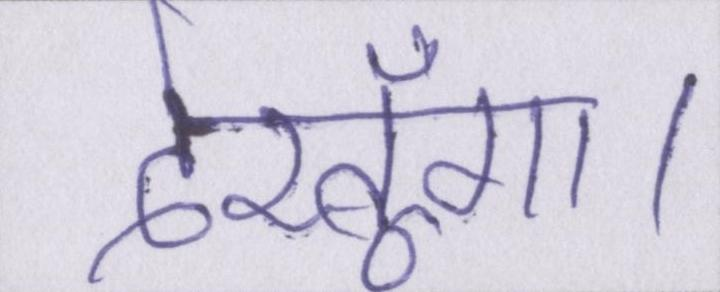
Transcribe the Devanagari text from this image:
देखूँगी